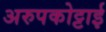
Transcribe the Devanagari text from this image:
अरुपकोट्टाई